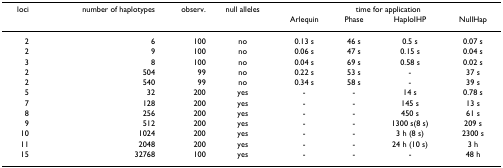
<table><thead><tr><td><b>loci</b></td><td><b>number of haplotypes</b></td><td><b>observ.</b></td><td><b>null alleles</b></td><td colspan="4"><b>time for application</b></td></tr><tr><td></td><td></td><td></td><td></td><td><b>Arlequin</b></td><td><b>Phase</b></td><td><b>HaploIHP</b></td><td><b>NullHap</b></td></tr></thead><tbody><tr><td>2</td><td>6</td><td>100</td><td>no</td><td>0.13 s</td><td>46 s</td><td>0.5 s</td><td>0.07 s</td></tr><tr><td>2</td><td>9</td><td>100</td><td>no</td><td>0.06 s</td><td>47 s</td><td>0.15 s</td><td>0.04 s</td></tr><tr><td>3</td><td>8</td><td>100</td><td>no</td><td>0.04 s</td><td>69 s</td><td>0.58 s</td><td>0.02 s</td></tr><tr><td>2</td><td>504</td><td>99</td><td>no</td><td>0.22 s</td><td>53 s</td><td>-</td><td>37 s</td></tr><tr><td>2</td><td>540</td><td>99</td><td>no</td><td>0.34 s</td><td>58 s</td><td>-</td><td>39 s</td></tr><tr><td>5</td><td>32</td><td>200</td><td>yes</td><td>-</td><td>-</td><td>14 s</td><td>0.78 s</td></tr><tr><td>7</td><td>128</td><td>200</td><td>yes</td><td>-</td><td>-</td><td>145 s</td><td>13 s</td></tr><tr><td>8</td><td>256</td><td>200</td><td>yes</td><td>-</td><td>-</td><td>450 s</td><td>61 s</td></tr><tr><td>9</td><td>512</td><td>200</td><td>yes</td><td>-</td><td>-</td><td>1300 s(8 s)</td><td>209 s</td></tr><tr><td>10</td><td>1024</td><td>200</td><td>yes</td><td>-</td><td>-</td><td>3 h (8 s)</td><td>2300 s</td></tr><tr><td>11</td><td>2048</td><td>200</td><td>yes</td><td>-</td><td>-</td><td>24 h (10 s)</td><td>3 h</td></tr><tr><td>15</td><td>32768</td><td>100</td><td>yes</td><td>-</td><td>-</td><td>-</td><td>48 h</td></tr></tbody></table>